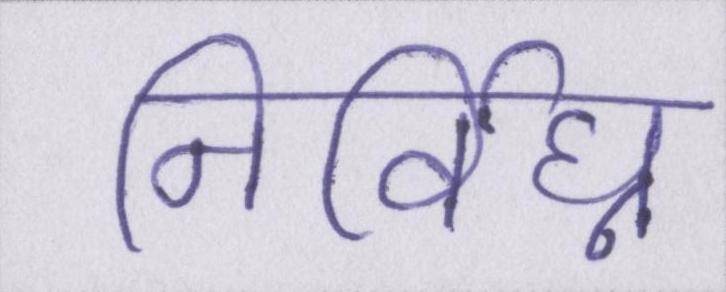
निर्विघ्न